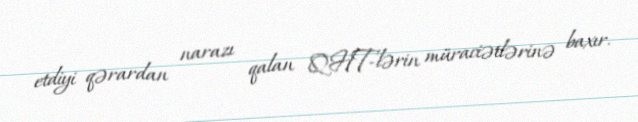
etdiyi qərardan narazı qalan QHT-lərin müraciətlərinə baxır.